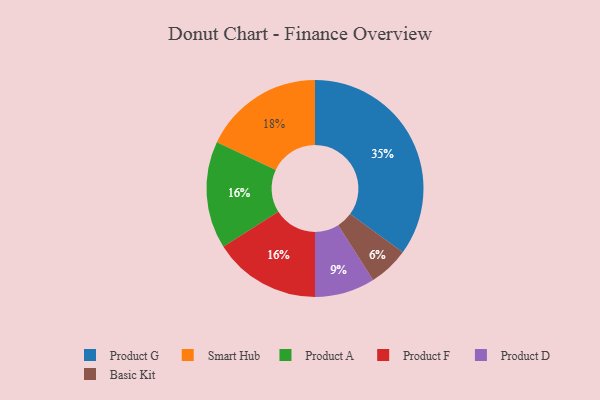
{"axis": {"x": "Category", "y": "Percentage"}, "legend": ["Basic Kit", "Product A", "Product D", "Product F", "Product G", "Smart Hub"], "data": [{"x": "Basic Kit", "y": 6, "type": "Basic Kit"}, {"x": "Product A", "y": 16, "type": "Product A"}, {"x": "Product F", "y": 16, "type": "Product F"}, {"x": "Product D", "y": 9, "type": "Product D"}, {"x": "Smart Hub", "y": 18, "type": "Smart Hub"}, {"x": "Product G", "y": 35, "type": "Product G"}]}